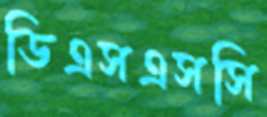
ডিএসএসসি